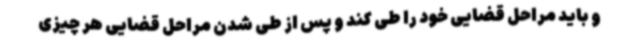
و باید مراحل قضایی خود را طی کند و پس از طی شدن مراحل قضایی هر چیزی